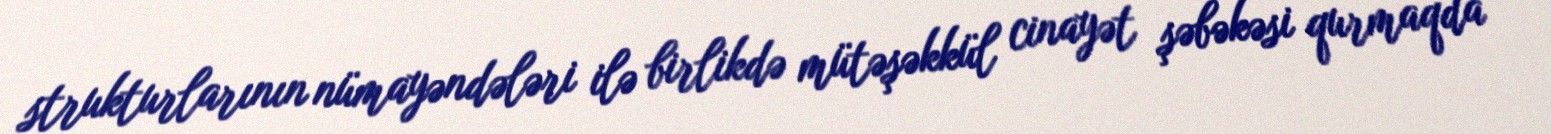
strukturlarının nümayəndələri ilə birlikdə mütəşəkkül cinayət şəbəkəsi qurmaqda